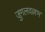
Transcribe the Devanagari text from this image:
जुगलवल्लभ